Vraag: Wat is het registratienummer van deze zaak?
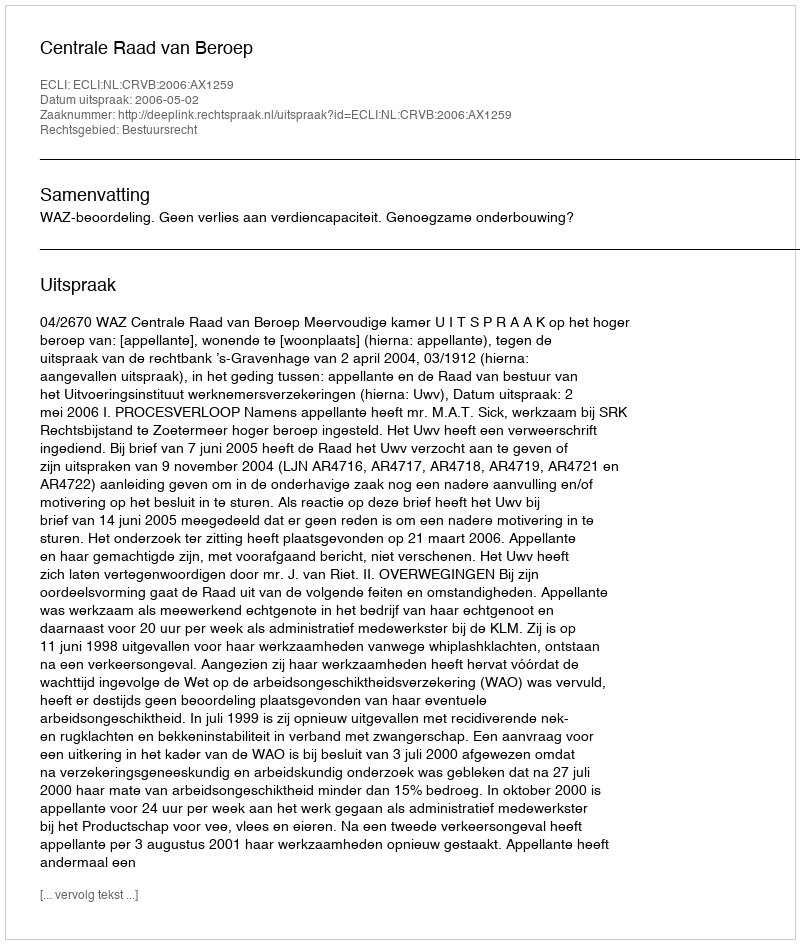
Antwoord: http://deeplink.rechtspraak.nl/uitspraak?id=ECLI:NL:CRVB:2006:AX1259